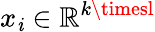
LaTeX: x_{\mathit{i}}\in\mathbb{{R}}^{k\timesl}